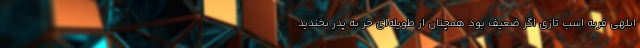
ابلهی فربه اسب تازی اگر ضعیف بود همچنان از طویله‌ای خر به پدر بخندید